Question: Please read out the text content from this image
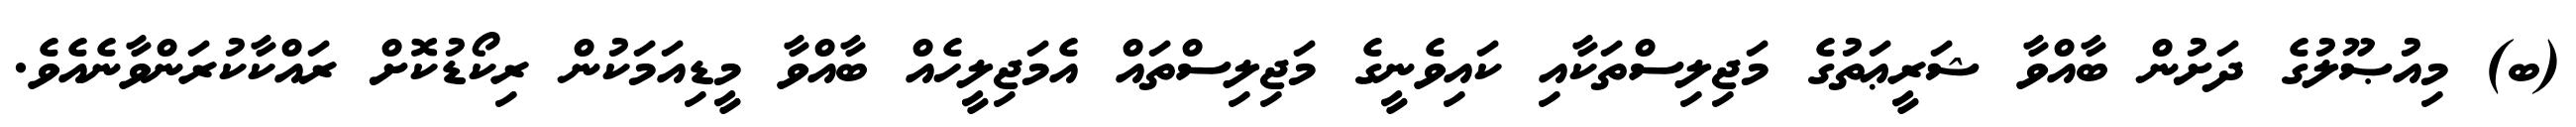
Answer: (ބ) މިއުޞޫލުގެ ދަށުން ބާއްވާ ޝަރީޢަތުގެ މަޖިލިސްތަކާއި ކައިވެނީގެ މަޖިލިސްތައް އެމަޖިލީހެއް ބާއްވާ މީޑިއަމަކުން ރިކޯޑުކޮށް ރައްކާކުރަންވާނެއެވެ.